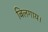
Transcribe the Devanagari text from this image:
बिलगाय।